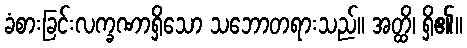
ခံစားခြင်းလက္ခဏာရှိသော သဘောတရားသည်။ အတ္ထိ၊ ရှိ၏။